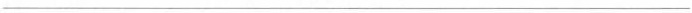
___